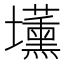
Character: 𡓽